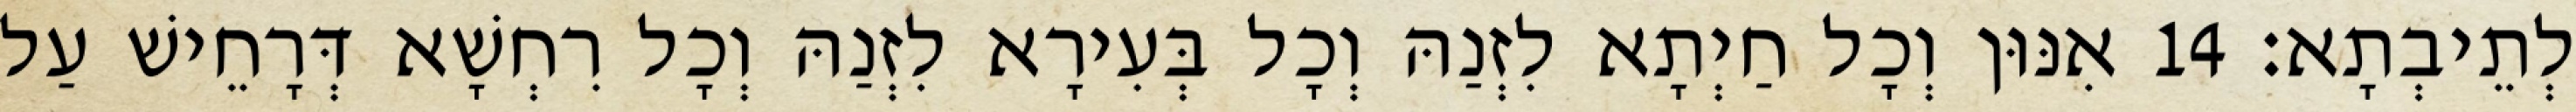
לְתֵיבְתָא׃ 14 אִנּוּן וְכָל חַיְתָא לִזְנַהּ וְכָל בְּעִירָא לִזְנַהּ וְכָל רִחְשָׁא דְּרָחֵישׁ עַל